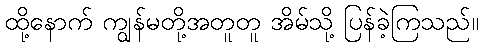
ထို့နောက် ကျွန်မတို့အတူတူ အိမ်သို့ ပြန်ခဲ့ကြသည်။